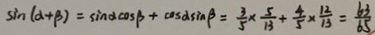
\sin ( \alpha + \beta ) = \sin \alpha \cos \beta + \cos \alpha \sin \beta = \frac { 3 } { 5 } \times \frac { 5 } { 1 3 } + \frac { 4 } { 5 } \times \frac { 1 2 } { 1 3 } = \frac { 6 3 } { 6 5 }